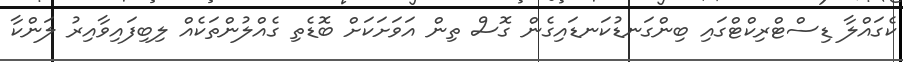
ކެގައްލާ ޑިސްޓްރިކްޓްގައި ބިންގަނޑުކަނޑައިގެން ގޮސް ތިން އަވަށަކަށް ބޮޑެތި ގެއްލުންތަކެއް ލިބިފައިވާއިރު ލަންކާ